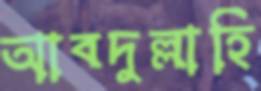
আবদুল্লাহি